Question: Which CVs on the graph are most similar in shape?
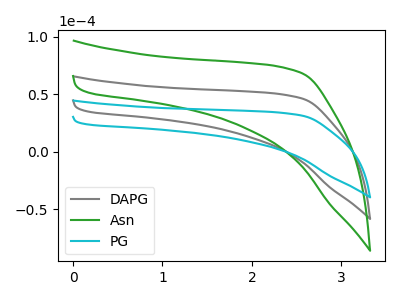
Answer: <think>The gray curve "DAPG" has no peaks. The green curve "Asn" has no peaks. The cyan curve "PG" has no peaks.
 Neither "DAPG" or "Asn" have any peaks. Neither "DAPG" or "PG" have any peaks. Neither "Asn" or "PG" have any peaks.</think>
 <answer>"PG", "DAPG" and "Asn" have the same shape and are likely CV's of the same chemical.</answer>
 <eval>"PG" "DAPG" "Asn"</eval>